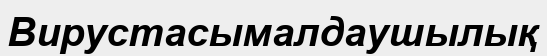
Вирустасымалдаушылық